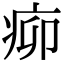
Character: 𤵠